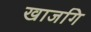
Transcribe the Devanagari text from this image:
खाजगि